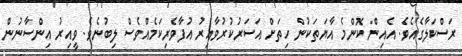
ރަސްކަލާގެއެވެ. އެއިން ކޮންމެ އާޔަތަކުން ހިތަށް އަސަރުކުރުވާއިރު އުފާވެރިކަމެއްވެސް ލިބުނެވެ. ވީއިރު އިންސާނުން